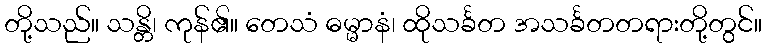
တို့သည်။ သန္တိ၊ ကုန်၏။ တေသံ ဓမ္မာနံ၊ ထိုသင်္ခတ အသင်္ခတတရားတို့တွင်။